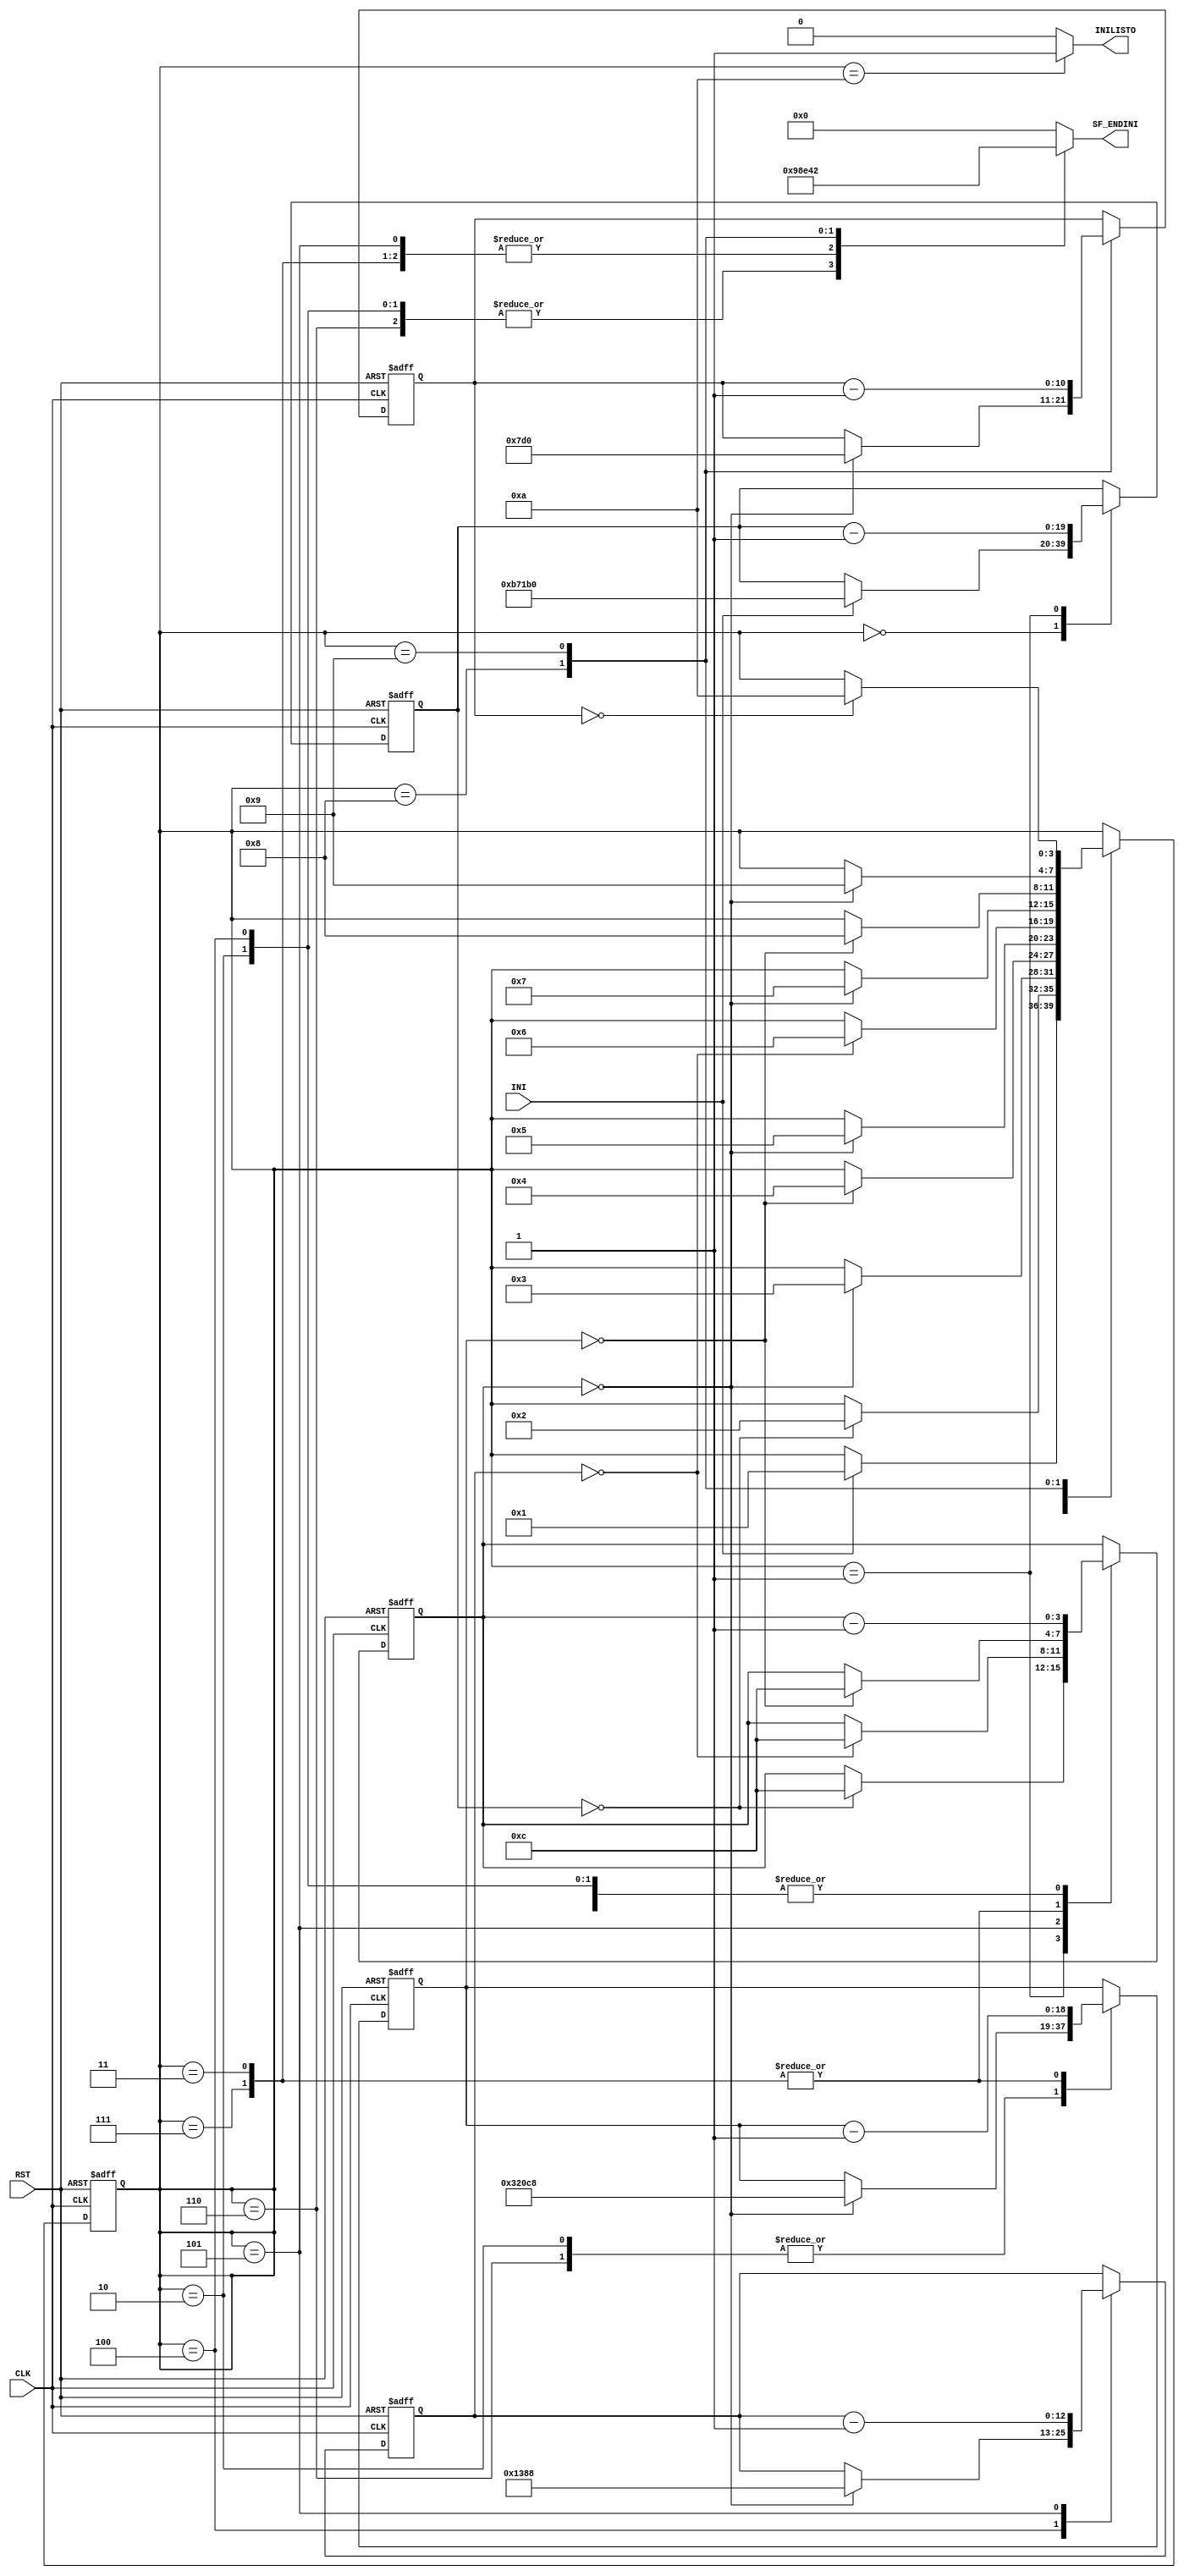
`timescale 1ns / 1ps
//////////////////////////////////////////////////////////////////////////////////
// Company: 
// 
// Design Name: 
// Module Name:    FSM_INICIALIZACION
// Project Name: 	 Control Servo	
// Target Devices: 
// Tool versions: 
// Description: FSM encargada de inicializar el display LCD
//////////////////////////////////////////////////////////////////////////////////
module FSM_INICIALIZACION(CLK,RST,INI,SF_ENDINI,INILISTO);
	input CLK,RST,INI;
	output reg [4:0] SF_ENDINI;
	output reg INILISTO;
	
	//Registros de Estado
	reg [3:0] PRE,FUT;
	parameter T0=4'b0000,T1=4'b0001,T2=4'b0010,T3=4'b0011,T4=4'b0100,T5=4'b0101,T6=4'b0110,T7=4'b0111,T8=4'b1000,T9=4'b1001,T10=4'b1010;
	
	//Seales de Control de la maquina
	reg [19:0] quincems,quincemssig;//Contador para verificar que pasen 15 ms
	reg [3:0] doce_ciclos,doce_ciclossig;//Contador para verificar que se cumplan 12 ciclos de reloj
	reg [18:0] cuatroms,cuatromssig;//Contador para verificar que pasen 4.1 ms
	reg [12:0] cienus,cienussig;//Contador para verificar 100us
	reg [10:0] cuarentaus,cuarentaussig;//verifica 40 us
	
	//REGISTRO DE TRANSICION DE ESTADOS
	always @(posedge CLK or posedge RST)
	if(RST)
		begin
			PRE=0;               
			quincems=0;                      
			doce_ciclos=0;                      
			cuatroms=0;
			cienus=0;
			cuarentaus=0;
		end
	else
		begin
			PRE=FUT;
			quincems=quincemssig;                      
			doce_ciclos=doce_ciclossig;                      
			cuatroms=cuatromssig;
			cienus=cienussig;
			cuarentaus=cuarentaussig;
		end
		
	//RED DE ESTADO FUTURO Y ASIGNACION DE SALIDAS
	always @*//always @* detecta todas las seales sensibles as se ahorra poner todas en la lista de sensitividad
	//Aca se establecen los valores por defecto, es decir que cuando no cambian en un estado tomaran los valores de esta lista
	begin
		FUT = PRE;
		quincemssig = quincems;
		doce_ciclossig = doce_ciclos;
		cuatromssig = cuatroms;
		cienussig= cienus;
		cuarentaussig =cuarentaus;
		SF_ENDINI =5'b00000;
		INILISTO = 1'b0;
		//aca termina la lista de valores por defecto, esto evita estar metiendo todas las variables en cada case
		case (PRE)
			T0:
				if(INI)
					begin
						quincemssig=20'hb71b0;//Se carga 750000 en quincemssig
						FUT=T1;
					end
			T1:
				begin
					quincemssig=quincems-1;//Comienza la cuenta
					if(quincems==0)
						begin
							doce_ciclossig=4'd12;//Se carga 12 en doce_ciclossig
							FUT=T2;
						end
				end
			T2:
				begin
					doce_ciclossig=doce_ciclos-1;//Comienza la cuenta
					SF_ENDINI=5'b10011;//EN del LCD en 1 durante 12 ciclos de reloj y se carga un 0x3 en el nibble de direccion del LCD
					if(doce_ciclos==0)
						begin
							cuatromssig=19'h320c8;//Se carga un 205000 en cuatromssig
							FUT=T3;
						end
				end
			T3:
				begin
					cuatromssig=cuatroms-1;//Comienza la cuenta de 4.1ms
					SF_ENDINI=5'b00011;//EN del LCD en 0 durante 205000 ciclos de reloj y se carga un 0x3 en el nibble de direccion del LCD
					if(cuatroms==0)
						begin
							doce_ciclossig=4'd12;//Se carga 12 en doce_ciclossig
							FUT=T4;
						end
				end
			T4:
				begin
					doce_ciclossig=doce_ciclos-1;//Comienza la cuenta 12 ciclos
					SF_ENDINI=5'b10011;//EN del LCD en 1 durante 12 ciclos de reloj y se carga un 0x3 en el nibble de direccion del LCD
					if(doce_ciclos==0)
						begin
							cienussig=13'h1388;//Se carga un 5000 en cienussig
							FUT=T5;
						end
				end
			T5:
				begin
					cienussig=cienus-1;//Comienza la cuenta de 100us
					SF_ENDINI=5'b00011;//EN del LCD en 0 durante 5000 ciclos de reloj y se carga un 0x3 en el nibble de direccion del LCD
					if(cienus==0)
						begin
							doce_ciclossig=4'd12;//Se carga 12 en doce_ciclossig
							FUT=T6;
						end
				end
			T6:
				begin
					doce_ciclossig=doce_ciclos-1;//Comienza la cuenta 12 ciclos
					SF_ENDINI=5'b10011;//EN del LCD en 1 durante 12 ciclos de reloj y se carga un 0x3 en el nibble de direccion del LCD
					if(doce_ciclos==0)
						begin
							cuatromssig=19'h320c8;//Se carga un 2000 en cuarentaussig
							FUT=T7;
						end
				end
			T7:
				begin
					cuatromssig=cuatroms-1;//Comienza la cuenta de 40us
					SF_ENDINI=5'b00011;//EN del LCD en 0 durante 2000 ciclos de reloj y se carga un 0x3 en el nibble de direccion del LCD
					if(cuatroms==0)
						begin
							doce_ciclossig=4'd12;//Se carga 12 en doce_ciclossig
							FUT=T8;
						end
				end
			T8:
				begin
					doce_ciclossig=doce_ciclos-1;//Comienza la cuenta 12 ciclos
					SF_ENDINI=5'b10010;//EN del LCD en 1 durante 12 ciclos de reloj y se carga un 0x2 en el nibble de direccion del LCD
					if(doce_ciclos==0)
						begin
							cuarentaussig=11'h7d0;//Se carga un 2000 en cuarentaussig
							FUT=T9;
						end
				end
			T9:
				begin
					cuarentaussig=cuarentaus-1;//Comienza la cuenta de 40us
					SF_ENDINI=5'b00010;//EN del LCD en 0 durante 2000 ciclos de reloj y se carga un 0x2 en el nibble de direccion del LCD
					if(cuarentaus==0)
						FUT=T10;			
				end
			T10:
				INILISTO = 1'b1;//Bandera que indica que la inicializacin acab
				
		endcase
	end
	


endmodule